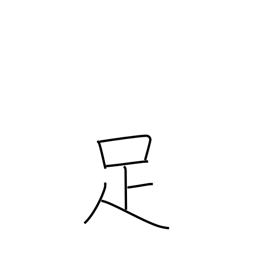
Meaning: be sufficient